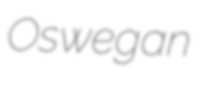
Oswegan